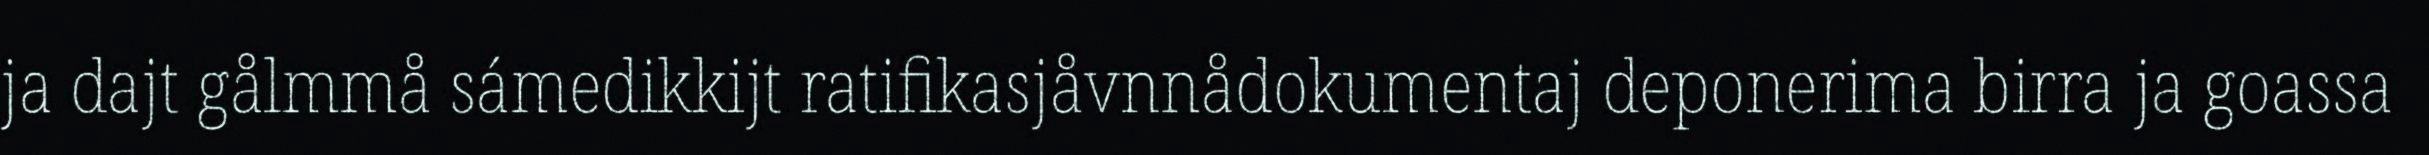
ja dajt gålmmå sámedikkijt ratifikasjåvnnådokumentaj deponerima birra ja goassa